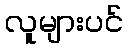
လူများပင်